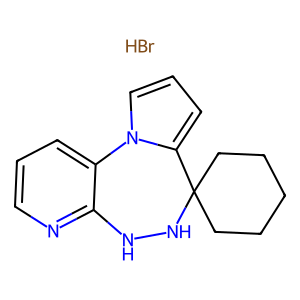
SMILES: Br.c1cnc2c(c1)-n1cccc1C1(CCCCC1)NN2
Inhibits HIV replication: No